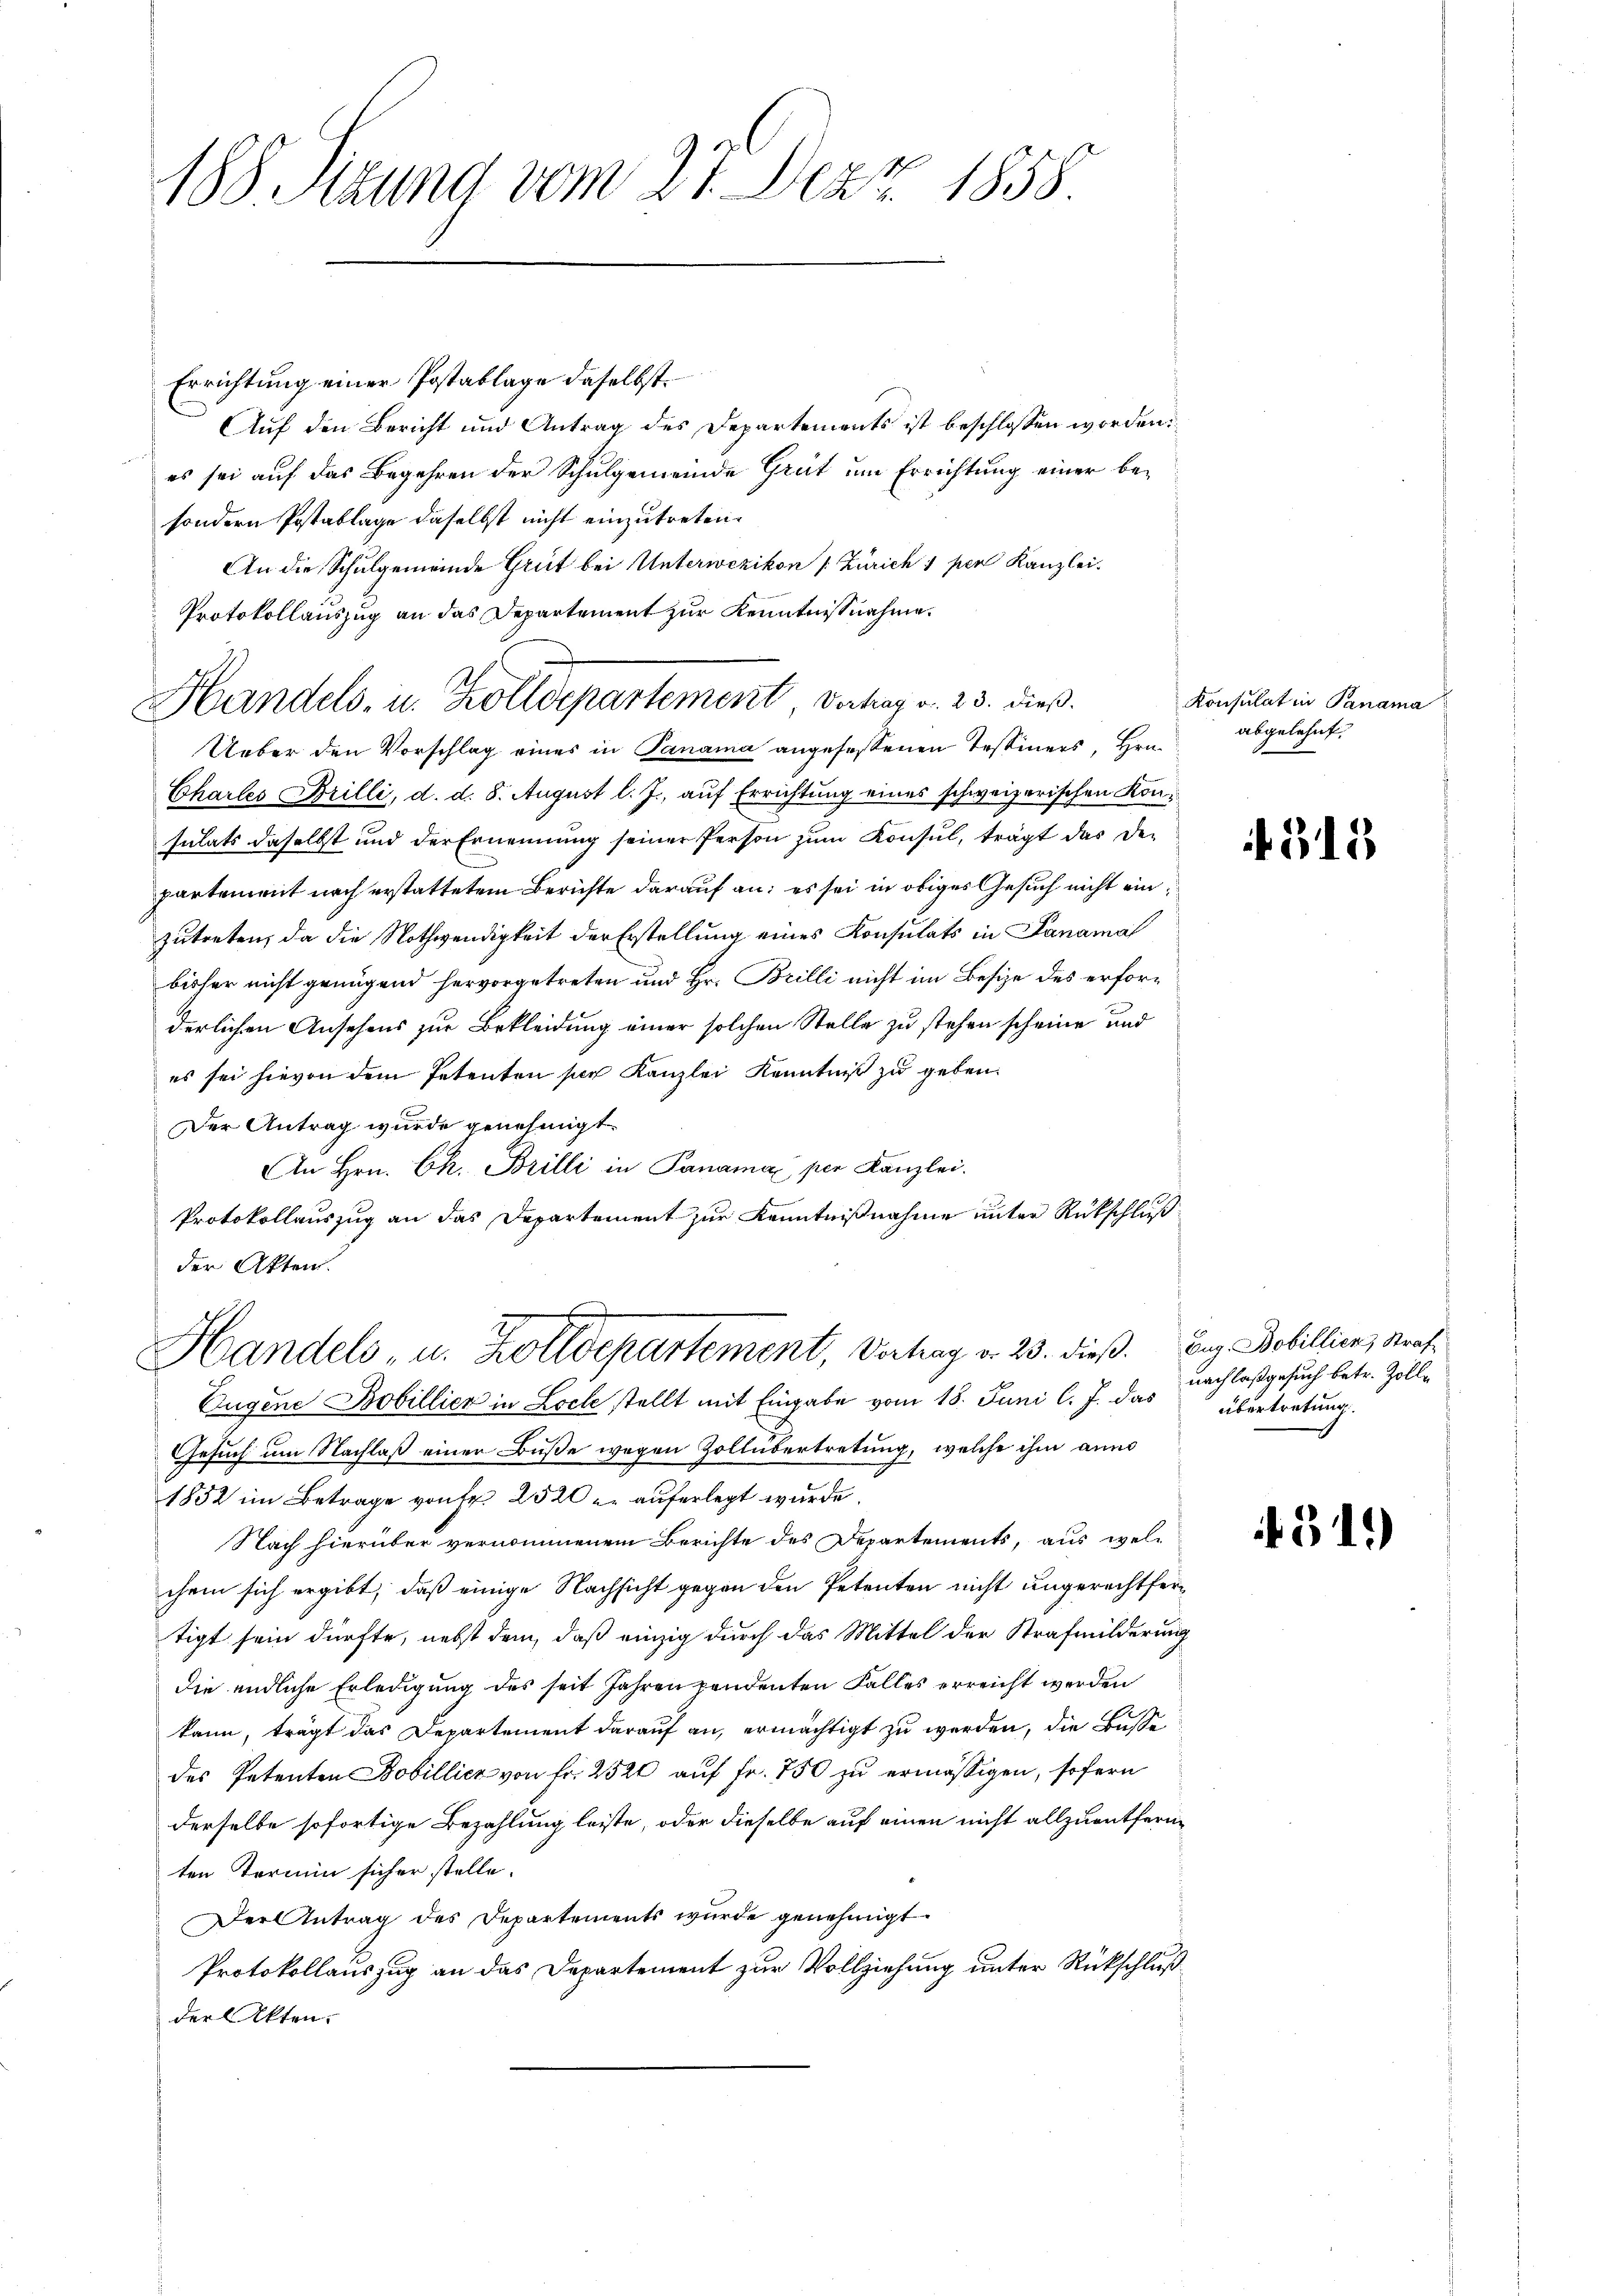
188 Sizung vom 27. Dez. 1858.

Errichtung einer Postablage daselbst.
Auf den Bericht und Antrag des Departements ist beschlossen worden.
es sei auf das Begehren der Schulgemeinde Grüt um Errichtung einer besondern Postablage daselbst nicht einzutreten.
An die Schulgemeinde Grüt bei Unterwezikon [Zürich 1 per Kanzlei-
Protokollauszug an das Departement zur Kenntnißnahme.
Ueber den Vorschlag eines in Panama angefassenen Tessiners, Hrn.
Chartes Brilli, d. d. 8. August l. J., auf Errichtung eines schweizerischen Konsulats daselbst und der Ernennung seiner Person zum Konsul, trägt das Departement noch erstattetem Berichte darauf an; es sei in obiges Gesuch nicht ein
zutreten, da die Nothwendigkeit der Erstellung eines Konsulats in Sanamal
bisher nicht genügend hervorgetreten und Hr. Brilli nicht im Besize des erforderlichen Ansehens zur Bekleidung einer solchen Stelle zu stehen scheine und
es sei hievon dem Petenten sie Kanzlei Kenntniß zu geben.
Der Antrag wurde genehmigt.
An Hrn. Ch. Brilli in Panama per Kanzlei.
Protokollauszug an das Departement zur Kenntnißnahme unter Rückschluß
der Akten.

Handels- u. Zolldepartement Vortrag v. 23. dieß.

Gesuch um Nachlaß einer Buße wegen Zollübertretung, welche ihm ann
1852 im Betrage von Fr. 2520 u. auferlegt wurde.
Nach hierüber vernommenen Berichte des Departements, aus welchem sich ergibt, daß einige Nachsicht gegen den Petenten nicht angerechtfertigt sein dürfte, nebst dem, daß einzig durch das Mittel der Strafmilderung
die endliche Erledigung des seit Jahren pendenten Falles erreicht werden
kann, trägt das Departement darauf an, ermächtigt zu werden, die Buße
des Petenten Bobillicz von fr. 2520 auf Fr. 750 zu ermässigen, sofern
derselbe sofortige Bezahlung leiste, oder dieselbe auf einen nicht allzuentfernten Termin sicher stelle.
Der Antrag des Departements wurde genehmigt.
Protokollauszug an das Departement zur Vollziehung unter Rückschlußder Akten.

Handels- u. Zolldepartement, Vertrag v. 23. dieß.
Eugene Bobillier in Locke stellt mit Eingabe vom 18. Juni l. J. das

Konsulat in Panama
abgelehnt.

f 315

Eug. Bobillien, Straf
nachlaß gesuch betr. Zollübertretung.

519)